Scottish Leaving Certificate Examination, 1960
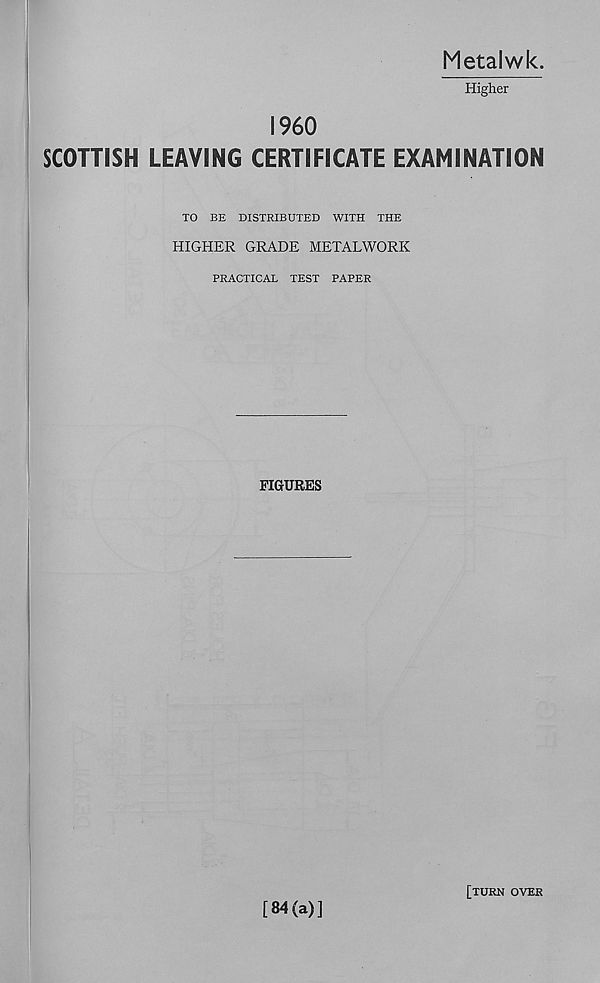
Metalwk.
Higher
I960
SCOTTISH LEAVING CERTIFICATE EXAMINATION
TO BE DISTRIBUTED WITH THE
HIGHER GRADE METALWORK
PRACTICAL TEST PAPER
FIGURES
I
[84(a)]
[TURN OVER